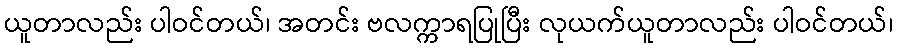
ယူတာလည်း ပါဝင်တယ်၊ အတင်း ဗလက္ကာရပြုပြီး လုယက်ယူတာလည်း ပါဝင်တယ်၊